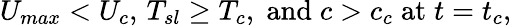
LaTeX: U_{max}<U_{c},\, T_{sl}\geq T_{c},\; \mathrm{and}\; c>c_{c}\; \mathrm{at}\; t=t_{c},